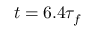
t = 6 . 4 \tau _ { f }